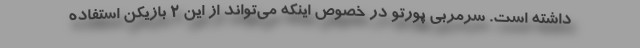
داشته است. سرمربی پورتو در خصوص اینکه می‌تواند از این 2 بازیکن استفاده